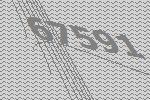
67591